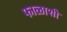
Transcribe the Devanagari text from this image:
फाळाशी